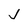
Character: J